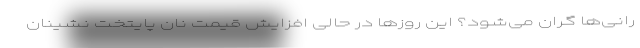
رانی‌ها گران می‌شود؟ این روزها در حالی افزایش قیمت نان پایتخت نشینان